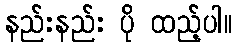
နည်းနည်း ပို ထည့်ပါ။